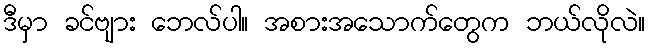
ဒီမှာ ခင်ဗျား ဘေလ်ပါ။ အစားအသောက်တွေက ဘယ်လိုလဲ။